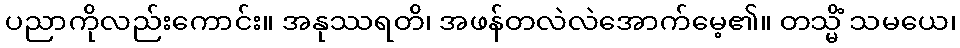
ပညာကိုလည်းကောင်း။ အနုဿရတိ၊ အဖန်တလဲလဲအောက်မေ့၏။ တသ္မိံ သမယေ၊